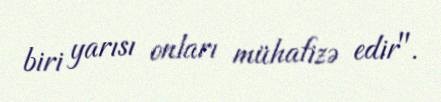
biri yarısı onları mühafizə edir".